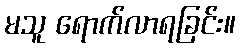
မသူ ရောက်လာရခြင်း။